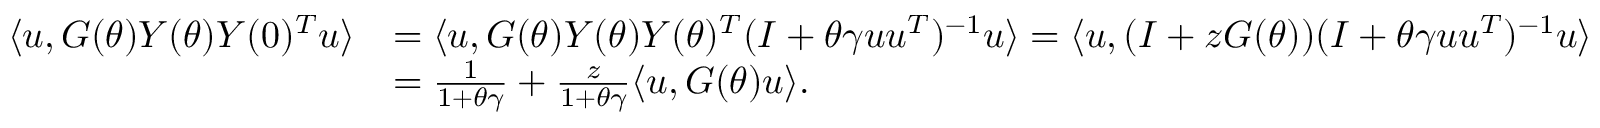
\begin{array} { r l } { \langle { \boldsymbol u } , G ( \theta ) Y ( \theta ) Y ( 0 ) ^ { T } { \boldsymbol u } \rangle } & { = \langle { \boldsymbol u } , G ( \theta ) Y ( \theta ) Y ( \theta ) ^ { T } ( I + \theta \gamma { \boldsymbol u } { \boldsymbol u } ^ { T } ) ^ { - 1 } { \boldsymbol u } \rangle = \langle { \boldsymbol u } , ( I + z G ( \theta ) ) ( I + \theta \gamma { \boldsymbol u } { \boldsymbol u } ^ { T } ) ^ { - 1 } { \boldsymbol u } \rangle } \\ & { = \frac { 1 } { 1 + \theta \gamma } + \frac { z } { 1 + \theta \gamma } \langle { \boldsymbol u } , G ( \theta ) { \boldsymbol u } \rangle . } \end{array}